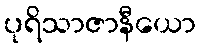
ပုရိသာဇာနီယော